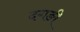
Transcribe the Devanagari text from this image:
दगङी